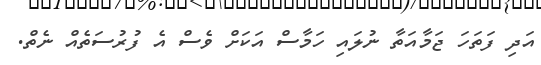
އަދި ފަތަހަ ޖަމާއަތާ ނުލައި ހަމާސް އަކަށް ވެސް އެ ފުރުސަތެއް ނެތް.